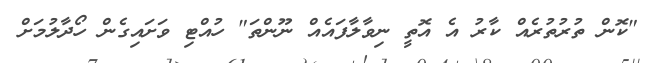
"ކޮން ތުރުތުރެއް ކާރު އެ އޮތީ ނިވާލާފައެއް ނޫންތަ" ހުއްޓި ވަށައިގެން ހޯދާލުމަށް